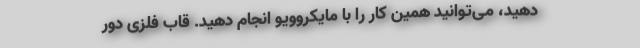
دهید، می‌توانید همین کار را با مایکروویو انجام دهید. قاب فلزی دور